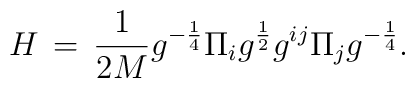
H\, = \,\frac{1}{2M} g^{-\frac{1}{4}} \Pi_{i} g^{\frac{1}{2}} g^{ij} \Pi_{j}g^{-\frac{1}{4}}.